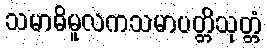
သမာဓိမူလကသမာပတ္တိသုတ္တံ